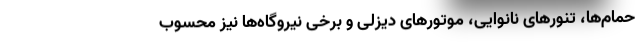
حمام‌ها، تنورهای نانوایی، موتورهای دیزلی و برخی نیروگاه‌ها نیز محسوب